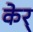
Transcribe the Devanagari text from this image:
केर्